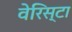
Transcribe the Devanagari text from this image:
वेरिस्टा